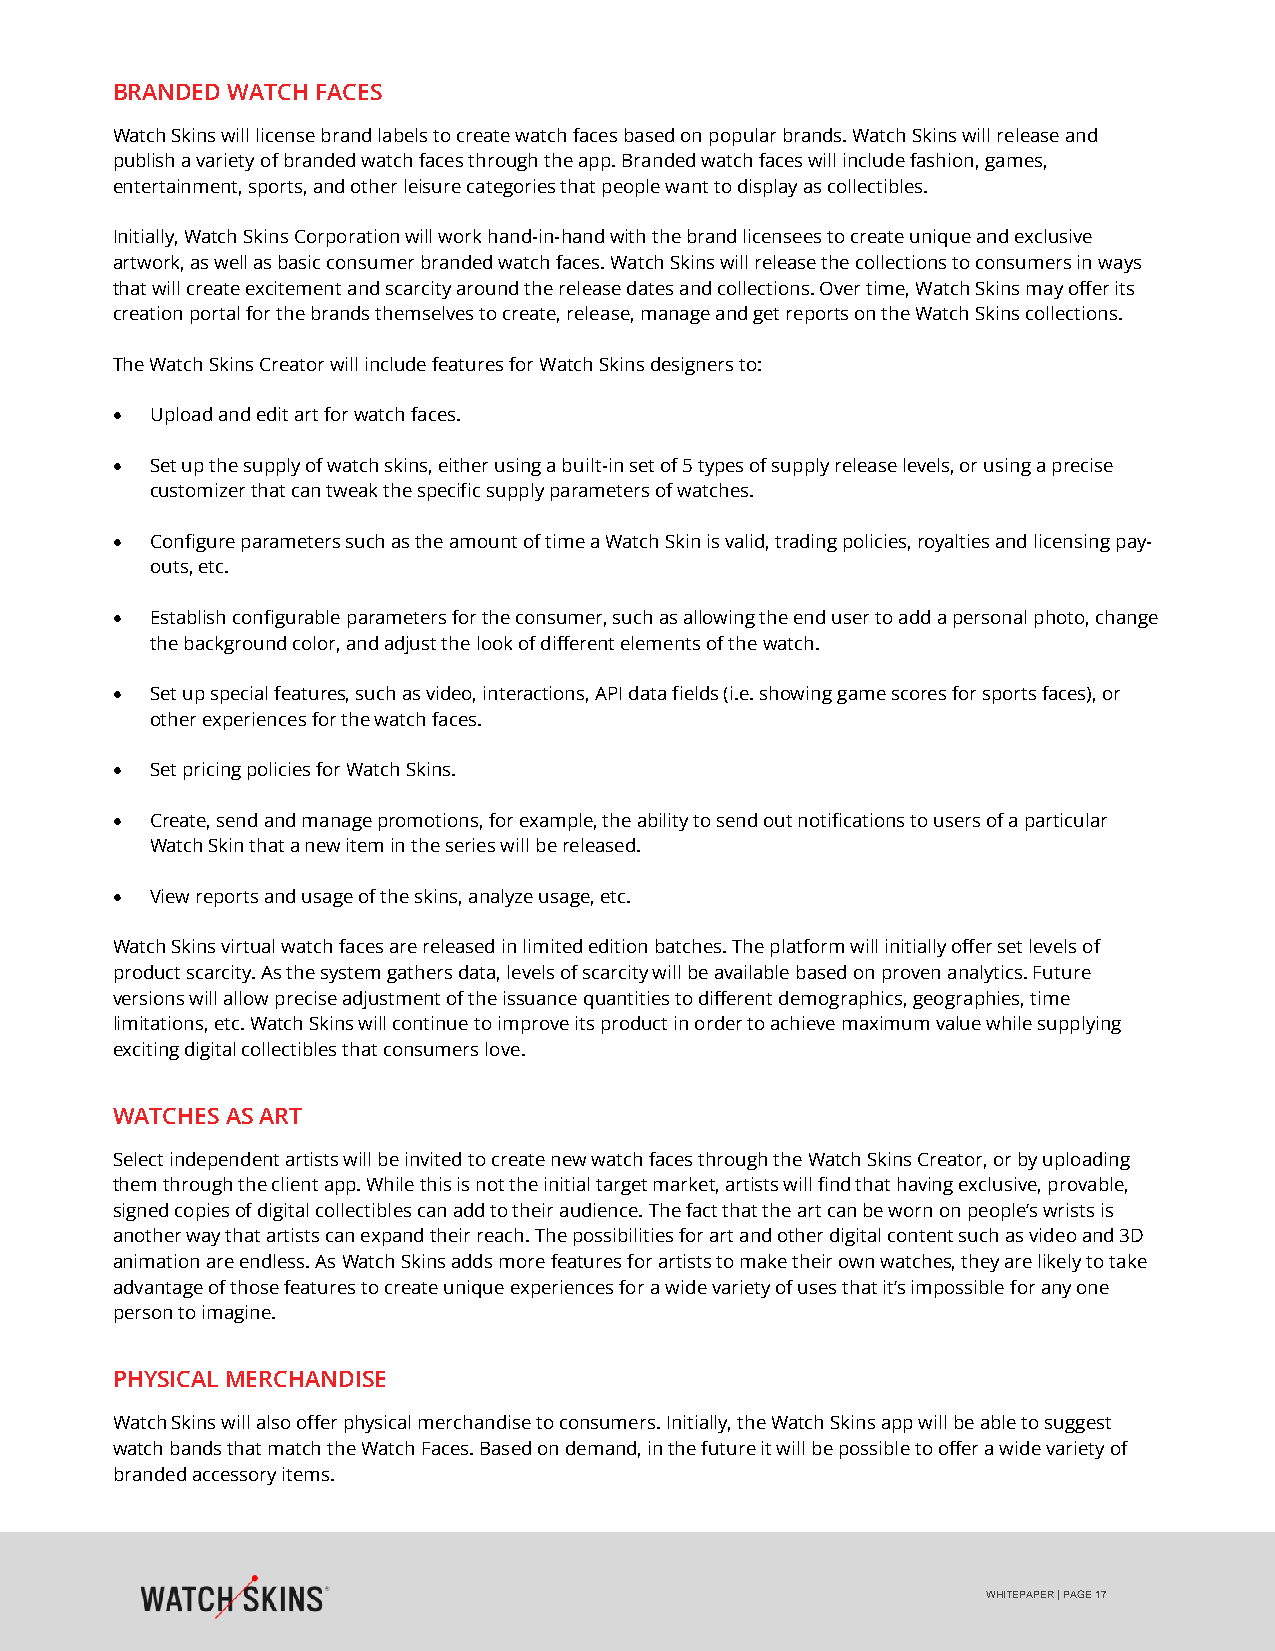
BRANDED WATCH FACES
 Watch Skins will license brand labels to create watch faces based on popular brands. Watch Skins will release and
 publish a variety of branded watch faces through the app. Branded watch faces will include fashion, games,
 entertainment, sports, and other leisure categories that people want to display as collectibles.
 Initially, Watch Skins Corporation will work hand-in-hand with the brand licensees to create unique and exclusive
 artwork, as well as basic consumer branded watch faces. Watch Skins will release the collections to consumers in ways
 that will create excitement and scarcity around the release dates and collections. Over time, Watch Skins may offer its
 creation portal for the brands themselves to create, release, manage and get reports on the Watch Skins collections.
 The Watch Skins Creator will include features for Watch Skins designers to:
 •  Upload and edit art for watch faces.
 •  Set up the supply of watch skins, either using a built-in set of 5 types of supply release levels, or using a precise
 customizer that can tweak the specific supply parameters of watches.
 •  Configure parameters such as the amount of time a Watch Skin is valid, trading policies, royalties and licensing pay-
 outs, etc.
 •  Establish configurable parameters for the consumer, such as allowing the end user to add a personal photo, change
 the background color, and adjust the look of different elements of the watch.
 •  Set up special features, such as video, interactions, API data fields (i.e. showing game scores for sports faces), or
 other experiences for the watch faces.
 •  Set pricing policies for Watch Skins.
 •  Create, send and manage promotions, for example, the ability to send out notifications to users of a particular
 Watch Skin that a new item in the series will be released.
 •  View reports and usage of the skins, analyze usage, etc.
 Watch Skins virtual watch faces are released in limited edition batches. The platform will initially offer set levels of
 product scarcity. As the system gathers data, levels of scarcity will be available based on proven analytics. Future
 versions will allow precise adjustment of the issuance quantities to different demographics, geographies, time
 limitations, etc. Watch Skins will continue to improve its product in order to achieve maximum value while supplying
 exciting digital collectibles that consumers love.
 WATCHES AS ART
 Select independent artists will be invited to create new watch faces through the Watch Skins Creator, or by uploading
 them through the client app. While this is not the initial target market, artists will find that having exclusive, provable,
 signed copies of digital collectibles can add to their audience. The fact that the art can be worn on people’s wrists is
 another way that artists can expand their reach. The possibilities for art and other digital content such as video and 3D
 animation are endless. As Watch Skins adds more features for artists to make their own watches, they are likely to take
 advantage of those features to create unique experiences for a wide variety of uses that it’s impossible for any one
 person to imagine.
 PHYSICAL MERCHANDISE
 Watch Skins will also offer physical merchandise to consumers. Initially, the Watch Skins app will be able to suggest
 watch bands that match the Watch Faces. Based on demand, in the future it will be possible to offer a wide variety of
 branded accessory items.
 WHITEPAPER | PAGE 17